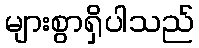
များစွာရှိပါသည်